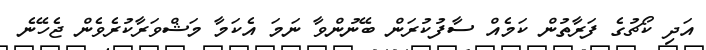
އަދި ކޯޗުގެ ފަރާތުން ކަމެއް ސާފުކުރަން ބޭނުންވާ ނަމަ އެކަމާ މަޝްވަރާކުރެވެން ޖެހޭނެ